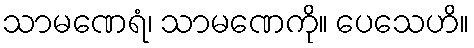
သာမဏေရံ၊ သာမဏေကို။ ပေသေဟိ။